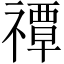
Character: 禫